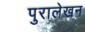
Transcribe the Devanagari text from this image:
पुरालेखन